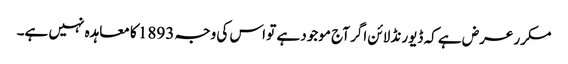
مکرر عرض ہے کہ ڈیورنڈ لائن اگر آج موجود ہے تو اس کی وجہ 1893 کا معاہدہ نہیں ہے۔